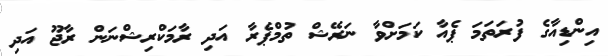
އިންޑިއާގެ ފުރަތަމަ ޕެއާ ކަމަށްވާ ނަރޭޝް ތުމްޕެރާ އަދި ރާމަކްރިޝްނަން ރާޖޫ އަދި